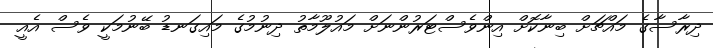
ދިރާސާގެ މައްޗަށް ބިނާކޮށް އިންވެސްޓަރުންނަށް މައުލޫމާތު ދިނުމުގެ މައިގަނޑު ބޭނުމަކީ ވެސް އެއީ